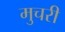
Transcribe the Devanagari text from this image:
मुचरी